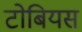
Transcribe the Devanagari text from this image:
टोबियस